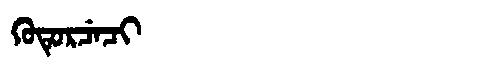
Manchu: ᡴᡠᡨᡠᡵᠴᡝᠴᡳ
Romanization: KUTURCECI